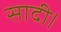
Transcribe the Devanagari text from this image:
सादी।